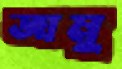
জামু